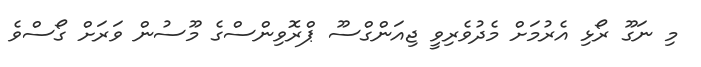
މި ނަގޫ ރޯޅި އެރުމަށް މެދުވެރިވީ ޖިއަންގްސޫ ޕްރޮވިންސްގެ މޫސުން ވަރަށް ގޯސްވެ